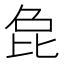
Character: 㲋